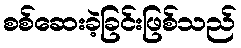
စစ်ဆေးခဲ့ခြင်းဖြစ်သည်